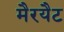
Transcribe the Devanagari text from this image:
मैरयैट